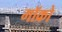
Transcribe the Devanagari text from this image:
मॉक्रो